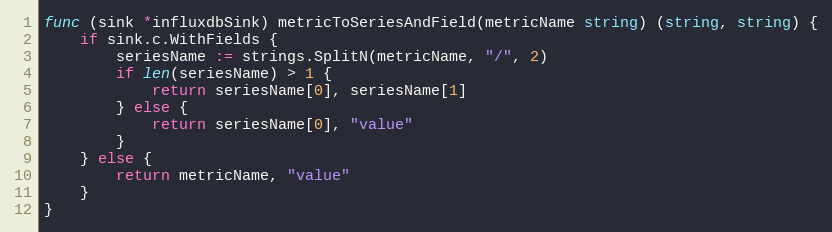
Language: Go
func (sink *influxdbSink) metricToSeriesAndField(metricName string) (string, string) {
	if sink.c.WithFields {
		seriesName := strings.SplitN(metricName, "/", 2)
		if len(seriesName) > 1 {
			return seriesName[0], seriesName[1]
		} else {
			return seriesName[0], "value"
		}
	} else {
		return metricName, "value"
	}
}